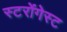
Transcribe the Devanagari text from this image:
स्टरोंगेस्ट